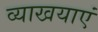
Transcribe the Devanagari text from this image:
व्याखयाएं